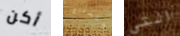
أكن ونحتاج التي